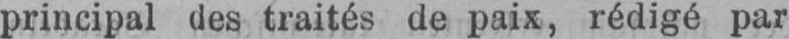
principal des traités de paix, rédigé par